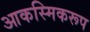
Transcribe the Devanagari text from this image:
आकस्मिकरूप